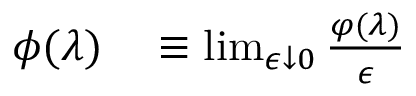
\begin{array} { r l } { \phi ( \lambda ) } & { { } \equiv \operatorname* { l i m } _ { \epsilon \downarrow 0 } \frac { \varphi ( \lambda ) } { \epsilon } } \end{array}